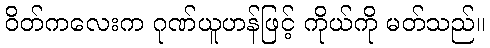
ဝိတ်ကလေးက ဂုဏ်ယူဟန်ဖြင့် ကိုယ်ကို မတ်သည်။